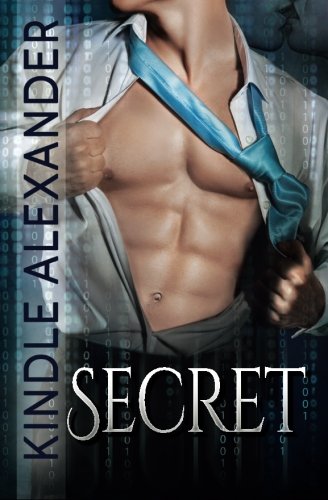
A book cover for Secret; Kindle Alexander; Romance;